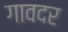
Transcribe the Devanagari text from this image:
गावदर